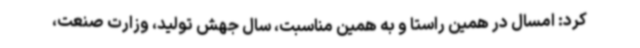
کرد: امسال در همین راستا و به همین مناسبت، سال جهش تولید، وزارت صنعت،